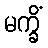
မက္ခိံ